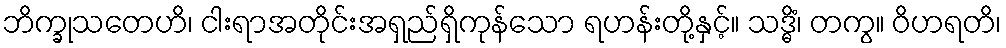
ဘိက္ခုသတေဟိ၊ ငါးရာအတိုင်းအရှည်ရှိကုန်သော ရဟန်းတို့နှင့်။ သဒ္ဓိံ၊ တကွ။ ဝိဟရတိ၊